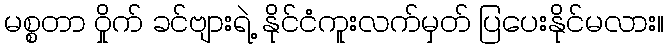
မစ္စတာ ဝှိုက် ခင်ဗျားရဲ့ နိုင်ငံကူးလက်မှတ် ပြပေးနိုင်မလား။